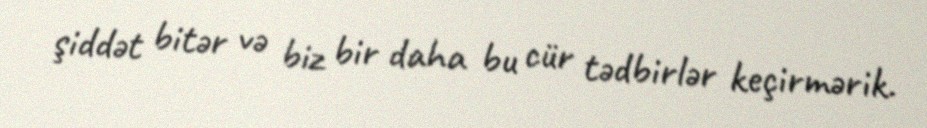
şiddət bitər və biz bir daha bu cür tədbirlər keçirmərik.